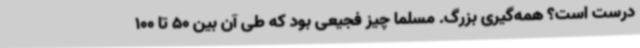
درست است؟ همه‌گیری بزرگ. مسلماً چیز فجیعی بود که طی آن بین 50 تا 100